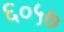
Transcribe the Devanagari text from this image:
६०५७